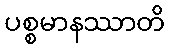
ပစ္စမာနဿာတိ